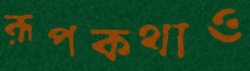
রূপকথাও